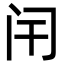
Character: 闬